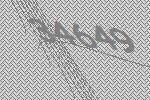
34649